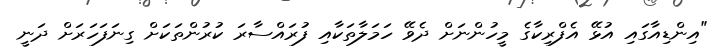
"އިންޑިއާގައި އުޅޭ އެފްރިކާގެ މީހުންނަށް ދެވޭ ހަމަލާތަކާއި ފުރައްސާރަ ކުރުންތަކަށް ގިނަފަހަރަށް ދަނީ